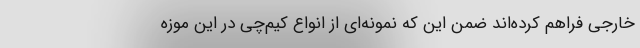
خارجی فراهم کرده‌اند ضمن این که نمونه‌ای از انواع کیم‌چی در این موزه